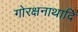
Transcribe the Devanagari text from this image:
गोरक्षनाथादि